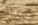
كنت